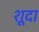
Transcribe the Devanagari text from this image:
शूदा